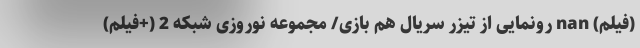
(فیلم) nan رونمایی از تیزر سریال هم بازی/ مجموعه نوروزی شبکه 2 (+فیلم)